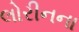
લોરીનના